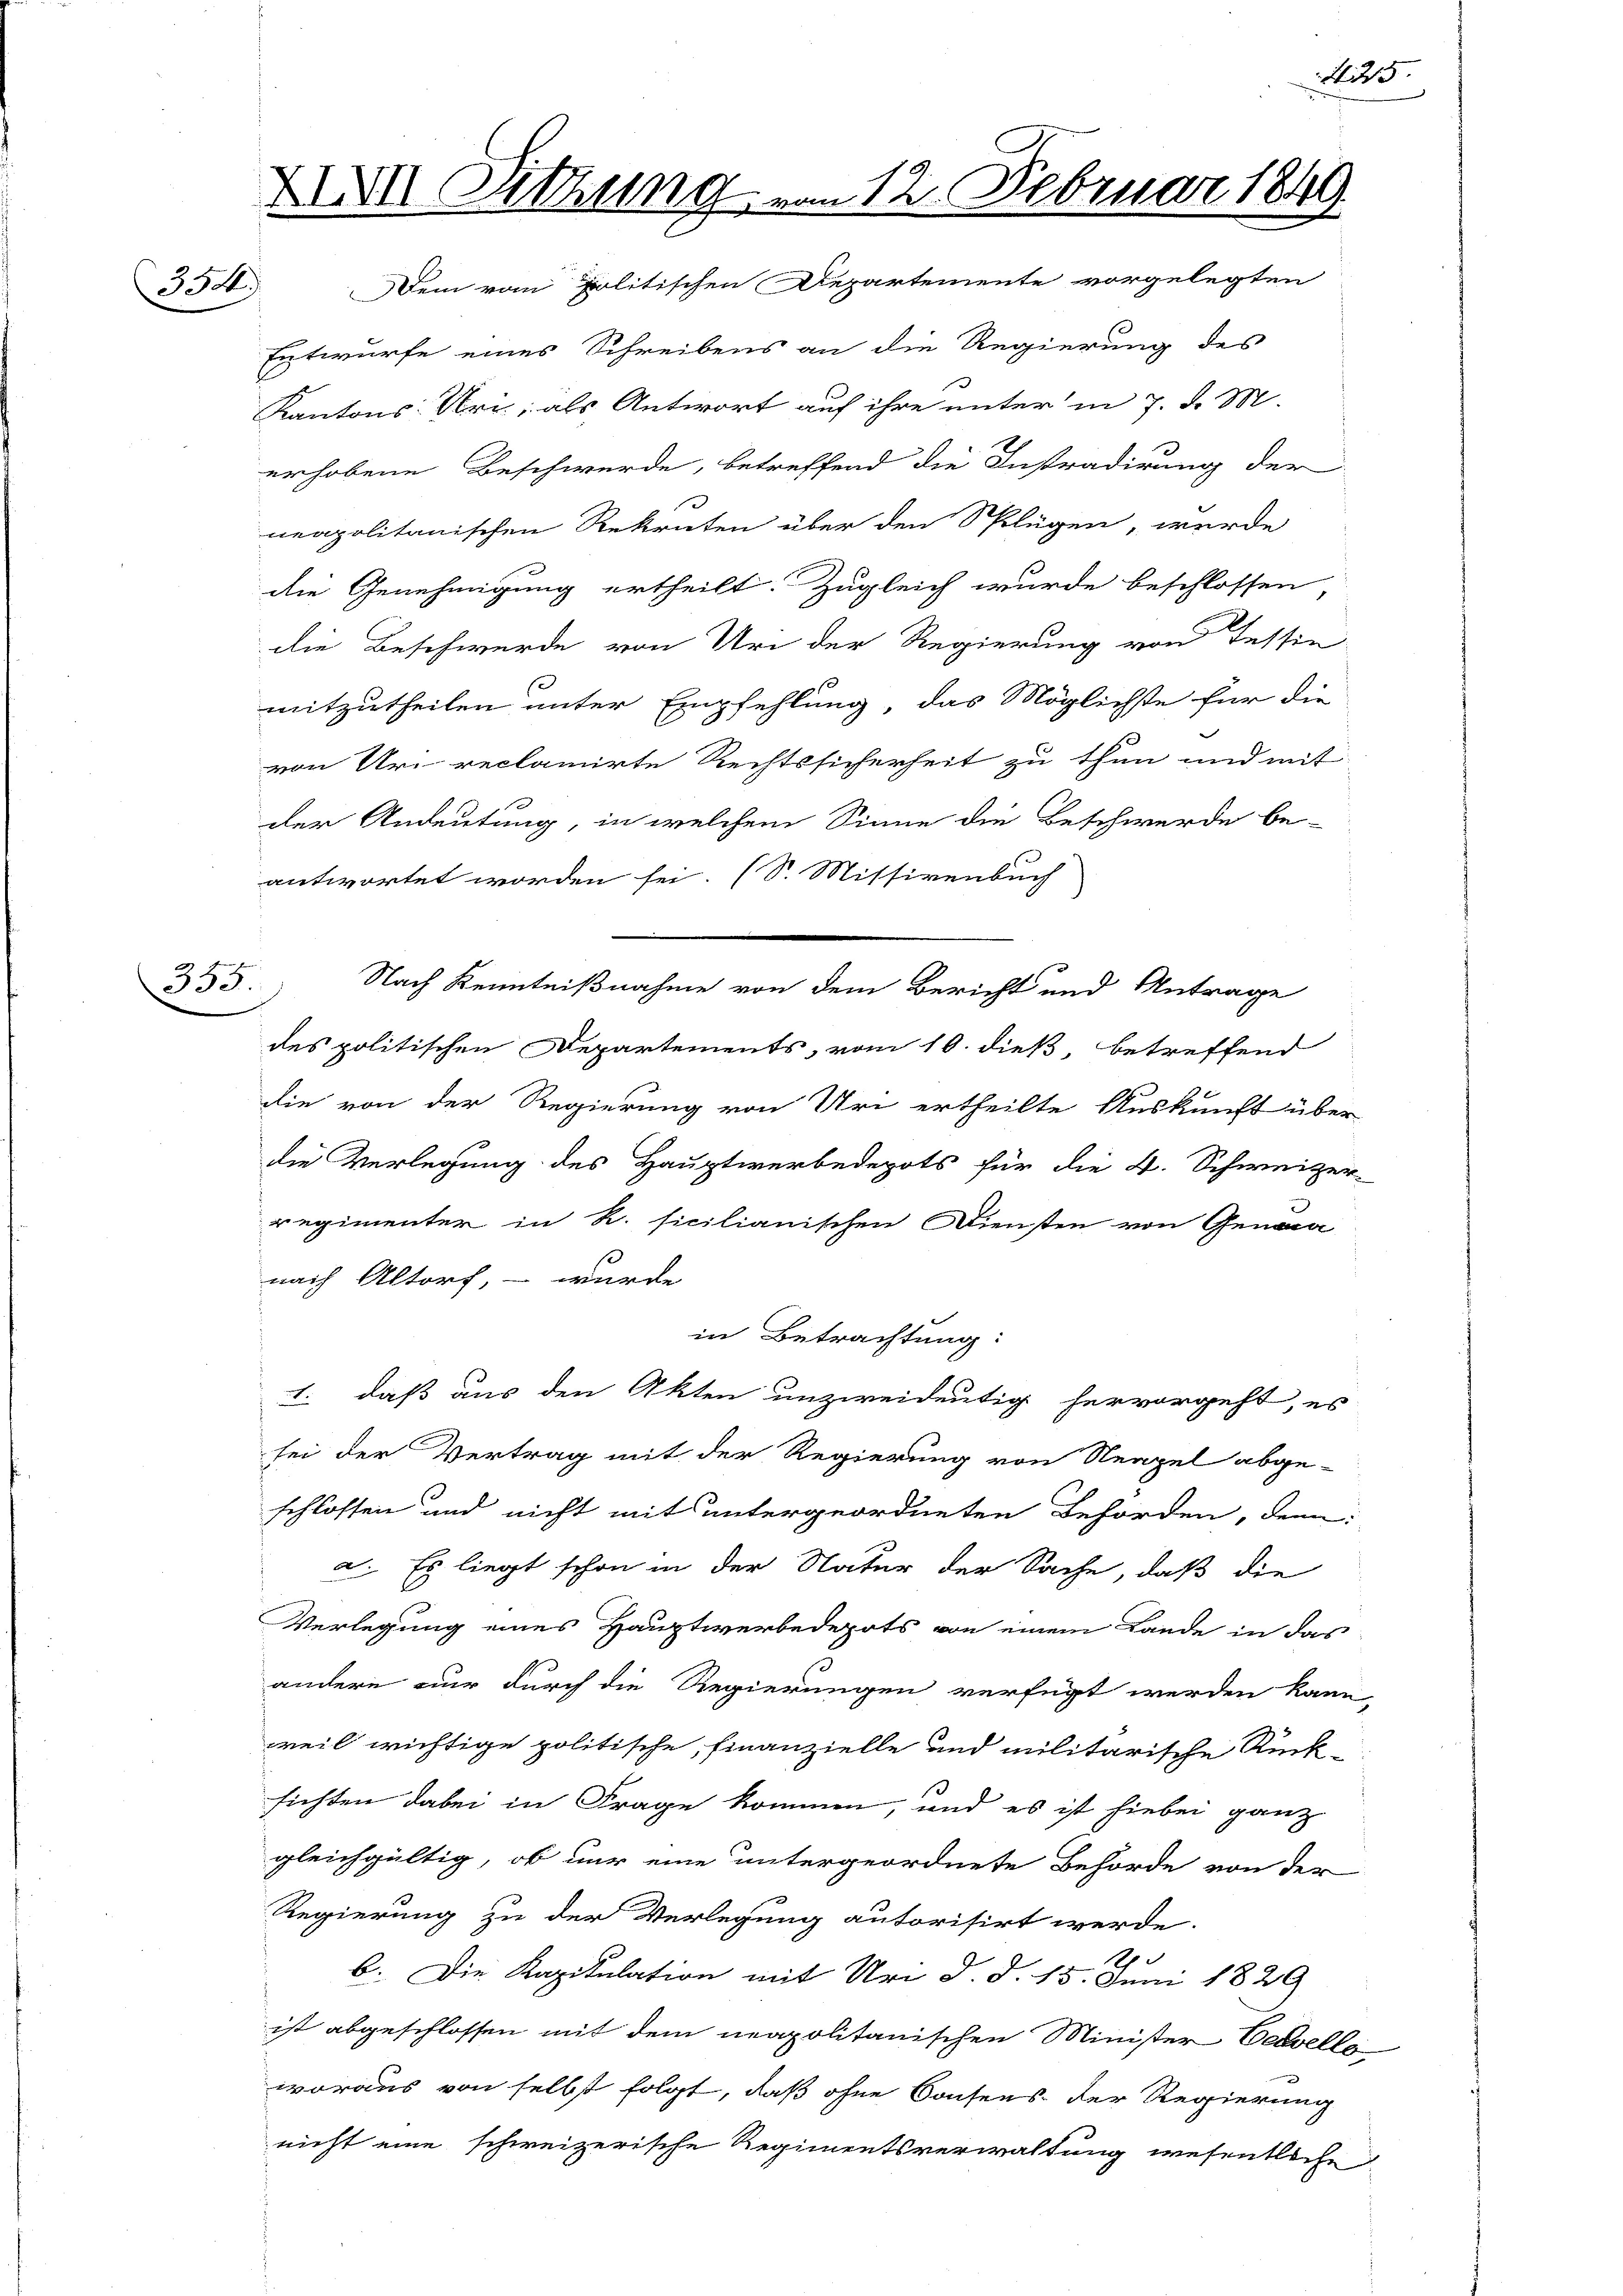
355.

Nr Sitzung vom 12. Februar 1849.
Dem vom politischen Departemente vorgelegten
334)

Entwurfe eines Schreibens an die Regierung des
Kantons: Uri, als Antwort auf ihre unter in 7. d. M.
erhobene Beschwerde, betreffend die Instradirung der
neapolitanischen Rekruten über den Splügen, werde
die Genehmigung ertheilt. Zugleich wurde beschlossen
die Beschwerde von Uri der Regierung von Tessin
mitzutheilen unter Empfehlung, das Möglichste für die
von Uri reclamirte Rechtssicherheit zu thun und mit
der Andeutung, in welchem Sinne die Beschwerde be-
antwortet worden sei. (S. Missivenbuch
Nach Kenntnißnahme von dem Bericht und Antrage
des politischen Departements, vom 10. dieß, betreffend
die von der Regierung von Uri ertheilte Auskunft über
die Verlegung des Hauptwerbedepots für die 4. Schweizer-
regimenter in R. sicilianischen Diensten von Genan
nach Altorf, – wurde
in Betrachtung:
. daß aus den Akten unzweideutig hervorgeht, es
sei der Vertrag mit der Regierung von Neapel abge-
schlossen und nicht mit untergeordneten Behörden, dem
a. Es liegt schon in der Natur der Sache, daß die
Verlegung eines Hauptwerbedepots von einem Lande in das
andere nur durch die Regierungen verfügt werden kann
weil wichtige politische, finanzielle und militärische Rücksichten dabei in Frage kommen, und es ist hiebei ganz
gleichgültig, ob nur eine untergeordnete Behörde von der
Regierung zu der Verlegung autorisirt werde.
1
b. Die Kapitulation mit Uri d. d. 15. Juni 1829
ist abgeschlossen mit dem neapolitanischen Minister Vervelle
woraus von selbst folgt, daß ohne Consens der Regierung
nicht eine schweizerische Regimentsverwaltung wesentliche

425.